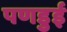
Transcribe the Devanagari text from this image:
पणडुई